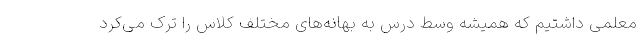
معلمی داشتیم که همیشه وسط درس به بهانه‌های مختلف کلاس را ترک می‌کرد